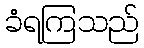
ခံရကြသည်